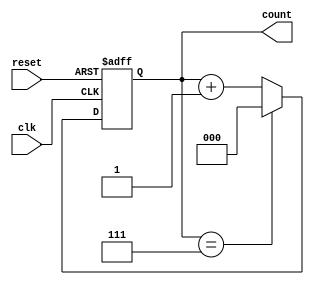
module up_counter_moore #(
    parameter N = 3  // Number of bits for the counter
)(
    input wire clk,       // Clock input
    input wire reset,     // Asynchronous reset (active high)
    output reg [N-1:0] count // Current count output
);

// State transition logic
always @(posedge clk or posedge reset) begin
    if (reset) begin
        count <= 0; // Reset count to 0
    end else begin
        if (count == (1 << N) - 1) begin
            count <= 0; // Overflow, wrap around to 0
        end else begin
            count <= count + 1; // Increment count
        end
    end
end

endmodule